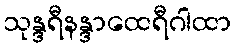
သုန္ဒရီနန္ဒာထေရီဂါထာ